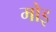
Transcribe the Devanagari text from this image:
मोइ